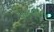
પકવાન